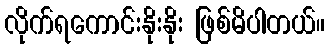
လိုက်ရကောင်းနိုးနိုး ဖြစ်မိပါတယ်။